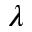
\lambda